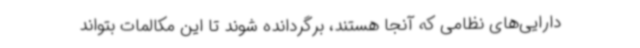
دارایی‌های نظامی که آنجا هستند، برگردانده شوند تا این مکالمات بتواند